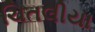
ચિતલીયા